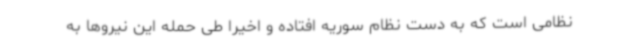
نظامی است که به دست نظام سوریه افتاده و اخیرا طی حمله این نیروها به